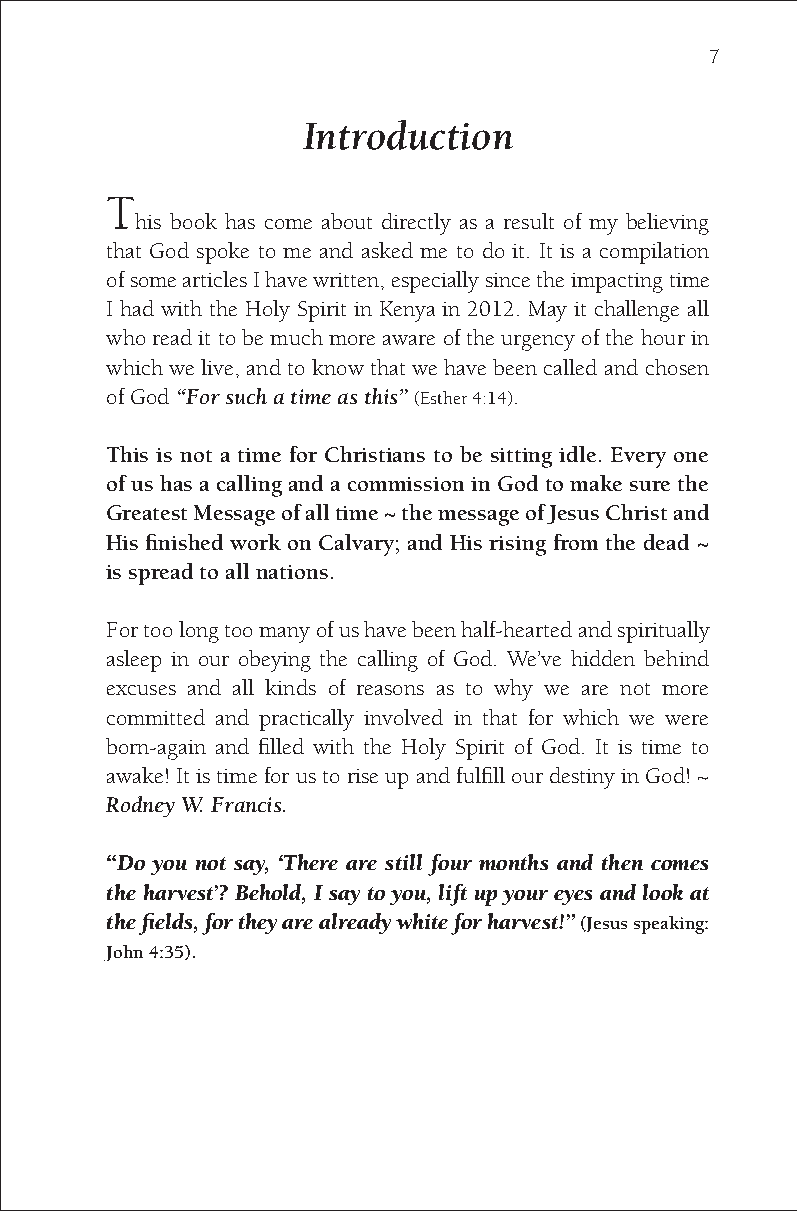
7
 Introduction
 T
 his book has come about directly as a result of my believing
 that God spoke to me and asked me to do it. It is a compilation
 of some articles I have written, especially since the impacting time
 I had with the Holy Spirit in Kenya in 2012. May it challenge all
 who read it to be much more aware of the urgency of the hour in
 which we live, and to know that we have been called and chosen
 of God “For such a time as this” (Esther 4:14).
 This is not a time for Christians to be sitting idle. Every one
 of us has a calling and a commission in God to make sure the
 Greatest Message of all time ~ the message of Jesus Christ and
 His finished work on Calvary; and His rising from the dead ~
 is spread to all nations.
 For too long too many of us have been half-hearted and spiritually
 asleep in our obeying the calling of God. We’ve hidden behind
 excuses and all kinds of reasons as to why we are not more
 committed and practically involved in that for which we were
 born-again and filled with the Holy Spirit of God. It is time to
 awake! It is time for us to rise up and fulfill our destiny in God! ~
 Rodney W. Francis.
 “Do you not say, ‘There are still four months and then comes
 the harvest’? Behold, I say to you, lift up your eyes and look at
 the fields, for they are already white for harvest!” (Jesus speaking:
 John 4:35).